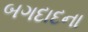
બગદાદના